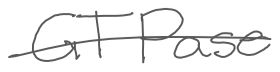
Text: GTPase
Cross-out: single-line
Writing tool: digital_gray